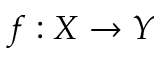
f : X \to Y